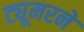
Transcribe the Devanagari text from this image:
ट्यूमरने